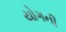
યોગની